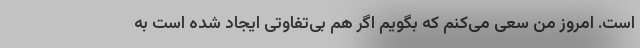
است. امروز من سعی می‌کنم که بگویم اگر هم بی‌تفاوتی ایجاد شده است به